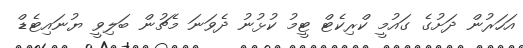
އަހަރުން ދަށުގެ ގައުމީ ކްރިކެޓް ޓީމު ކުޅުނު ދެވަނަ މެޗުން ބަލިވީ ޔުނައިޓެޑް